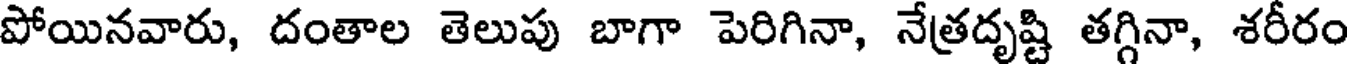
పోయినవారు, దంతాల తెలుపు బాగా పెరిగినా, నేత్రదృష్టి తగ్గినా, శరీరం